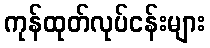
ကုန်ထုတ်လုပ်ငန်းများ